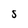
Character: S